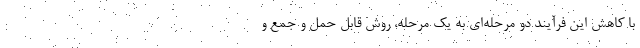
با کاهش این فرآیند دو مرحله‌ای به یک مرحله، روش قابل حمل و جمع و